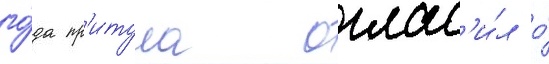
го́да пр'итула оглас'и́л о́